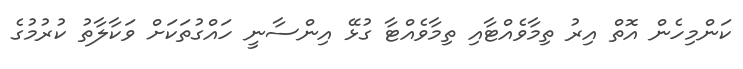
ކަންމިހެން އޮތް އިރު ތިމާވެއްޓާއި ތިމާވެއްޓާ ގުޅޭ އިންސާނީ ހައްގުތަކަށް ވަކާލާތު ކުރުމުގެ